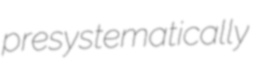
presystematically